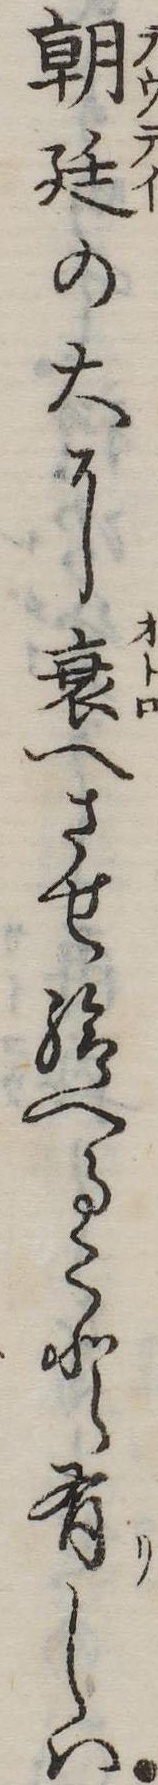
朝廷の大に衰へさせ給へること有しは